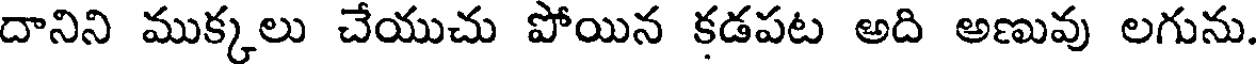
దానిని ముక్కలు చేయుచు పోయిన కడపట అది అణువు లగును.